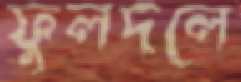
ফুলদলে